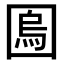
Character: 𡈎